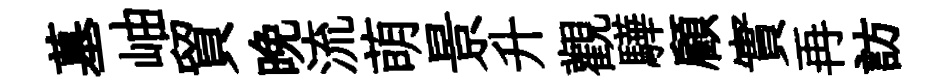
墓岫貿晚流萌景升觀驊顧實再訪